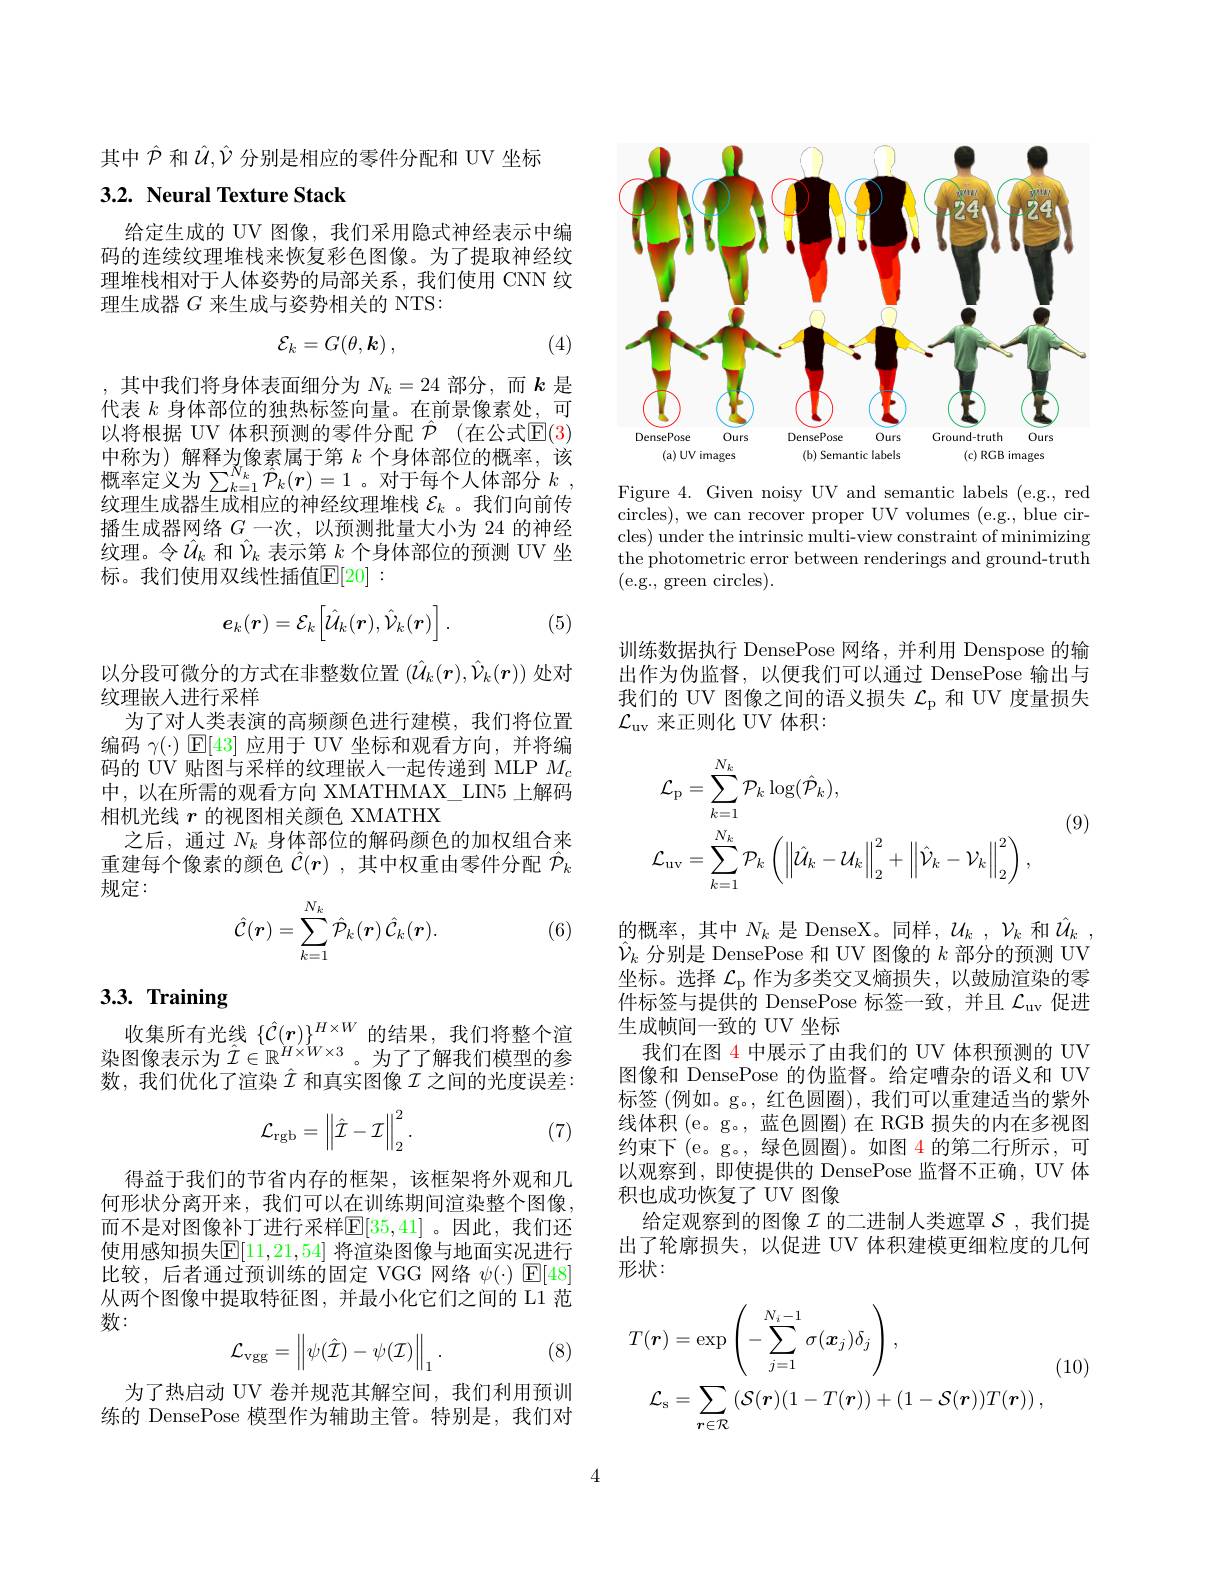
其中$\hat{\mathcal{P}}$和$\hat{\mathcal{U}},\hat{\mathcal{V}}$分别是相应的零件分配和 UV 坐标

### 3.2. Neural Texture Stack

给定生成的 UV 图像，我们采用隐式神经表示中编码的连续纹理堆栈来恢复彩色图像。为了提取神经纹理堆栈相对于人体姿势的局部关系，我们使用 CNN 纹理生成器$G$来生成与姿势相关的 NTS:
$$\mathcal{E}_k=G(\theta,\boldsymbol{k})\:,$$
(4)

,其中我们将身体表面细分为$N_k=24$部分，而$k$是代表$k$身体部位的独热标签向量。在前景像素处，可以将根据 UV 体积预测的零件分配 $\hat{\mathcal{P}}$ (在公式$\mathbb{E}(3)$ 中称为)解释为像素属于第$k$个身体部位的概率，该概率定义为$\sum_{k=1}^{N_{k}}\hat{\mathcal{P}}_{k}(\boldsymbol{r})=1$。对于每个人体部分$k$ , 纹理生成器生成相应的神经纹理堆栈$\mathcal{E}_k$ 。我们向前传播生成器网络$G$一次，以预测批量大小为 24 的神经纹理。令$\hat{U}_k$和$\hat{\mathcal{V}}_k$表示第$k$个身体部位的预测 UV 坐标。我们使用双线性插值$\mathbb{E}[20]:$
$$e_k(\boldsymbol{r})=\mathcal{E}_k\Big[\hat{\mathcal{U}}_k(\boldsymbol{r}),\hat{\mathcal{V}}_k(\boldsymbol{r})\Big].$$
(5)

以分段可微分的方式在非整数位置$(\hat{\mathcal{U}}_k(\boldsymbol{r}),\hat{\mathcal{V}}_k(\boldsymbol{r}))$处对
纹理嵌人进行采样
为了对人类表演的高频颜色进行建模，我们将位置编码$\gamma(\cdot)$ $\mathbb{E}[43]$应用于 UV 坐标和观看方向，并将编码的 UV 贴图与采样的纹理嵌人一起传递到 MLP $M_c$ 中，以在所需的观看方向 XMATHMAX\_LIN5 上解码相机光线$r$的视图相关颜色 XMATHX
之后，通过$N_k$身体部位的解码颜色的加权组合来重建每个像素的颜色$\hat{\mathcal{C}}(r)$ ,其中权重由零件分配$\hat{\mathcal{P}}_k$ 规定：
$$\hat{\mathcal{C}}(\boldsymbol{r})=\sum_{k=1}^{N_k}\hat{P}_k(\boldsymbol{r})\:\hat{\mathcal{C}}_k(\boldsymbol{r}).$$
(6)

# 3.3. Training

收集所有光线$\{\hat{\mathcal{C}}(\boldsymbol{r})\}^{H\times W}$的结果 ,我们将整个渲染图像表示为$\hat{\mathcal{I}}\in\mathbb{R}^{H\times W\times3}$。为了了解我们模型的参数，我们优化了渲染$\hat{I}$和真实图像$\mathcal{I}$之间的光度误差：

(7)
$$\mathcal{L}_{\mathrm{rgb}}=\begin{Vmatrix}\hat{\mathcal{I}}-\mathcal{I}\end{Vmatrix}_{2}^{2}.$$
得益于我们的节省内存的框架，该框架将外观和几何形状分离开来，我们可以在训练期间渲染整个图像， 而不是对图像补丁进行采样$\mathbb{E}[35,41]$。因此，我们还使用感知损失$\mathbb{E}[11,21,54]$ 将渲染图像与地面实况进行比较，后者通过预训练的固定 VGG 网络$\psi(\cdot)$ $\mathbb{E}[48]$ 从两个图像中提取特征图，并最小化它们之间的 L1 范数：

(8)
$$\mathcal{L}_{\mathrm{vgg}}=\left\|\psi(\hat{\mathcal{I}})-\psi(\mathcal{I})\right\|_{1}.$$
为了热启动 UV 卷并规范其解空间，我们利用预训练的 DensePose 模型作为辅助主管。特别是，我们对

<FigureHere>

Figure 4. Given noisy UV and semantic labels (e.g., red circles), we can recover proper UV volumes (e.g., blue circles) under the intrinsic multi-view constraint of minimizing the photometric error between renderings and ground-truth (e.g., green circles).

训练数据执行 DensePose 网络，并利用 Denspose 的输出作为伪监督，以便我们可以通过 DensePose 输出与我们的 UV 图像之间的语义损失$\mathcal{L}_\mathrm{p}$和 UV 度量损失$\mathcal{L}_\mathrm{uv}$来正则化 UV 体积2
$$\begin{aligned}&\mathcal{L}_{\mathrm{p}}=\sum_{k=1}^{N_{k}}\mathcal{P}_{k}\log(\hat{\mathcal{P}}_{k}),\\&\mathcal{L}_{\mathrm{uv}}=\sum_{k=1}^{N_{k}}\mathcal{P}_{k}\left(\left\|\hat{\mathcal{U}}_{k}-\mathcal{U}_{k}\right\|_{2}^{2}+\left\|\hat{\mathcal{V}}_{k}-\mathcal{V}_{k}\right\|_{2}^{2}\right),\end{aligned}$$
(9)

的概率，其中$N_k$ 是 DenseX。同样，$\mathcal{U}_k,\mathcal{V}_k$ 和$\hat{U}_k$ $\hat{\mathcal{V}}_k$分别是 DensePose 和 UV 图像的$k$部分的预测 UV 坐标。选择$\mathcal{L}_\mathrm{p}$作为多类交叉熵损失，以鼓励渲染的零件标签与提供的 DensePose 标签一致，并且$\mathcal{L}_\mathrm{uv}$促进生成帧间一致的 UV 坐标
我们在图 4 中展示了由我们的 UV 体积预测的 UV 图像和 DensePose 的伪监督。给定嘈杂的语义和 UV 标签 (例如。g。, 红色圆圈), 我们可以重建适当的紫外线体积(e。g。,蓝色圆圈)在 RGB 损失的内在多视图约束下 (e。g。, 绿色圆圈)。如图 4 的第二行所示 ,可以观察到，即使提供的 DensePose 监督不正确，UV 体积也成功恢复了 UV 图像
给定观察到的图像$\mathcal{I}$的二进制人类遮罩$\mathcal{S}$,我们提出了轮廓损失，以促进 UV 体积建模更细粒度的几何形状：
$$\begin{aligned}T(\boldsymbol{r})&=\exp\left(-\sum_{j=1}^{N_{i}-1}\sigma(x_{j})\delta_{j}\right),\\\mathcal{L}_{\mathrm{s}}&=\sum_{r\in\mathcal{R}}\left(\mathcal{S}(\boldsymbol{r})(1-T(\boldsymbol{r}))+(1-\mathcal{S}(\boldsymbol{r}))T(\boldsymbol{r})\right),\end{aligned}$$
(10)

4